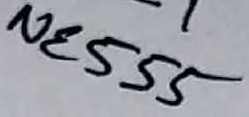
Text: NE555